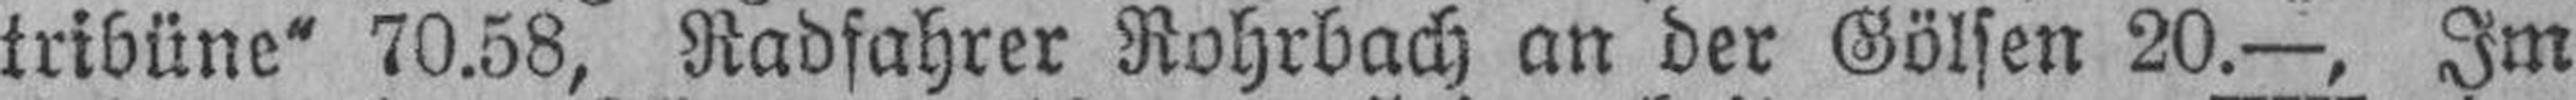
tribüne“ 70.58, Radfahrer Rohrbach an der Gölsen 20.—, Im